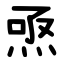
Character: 焏